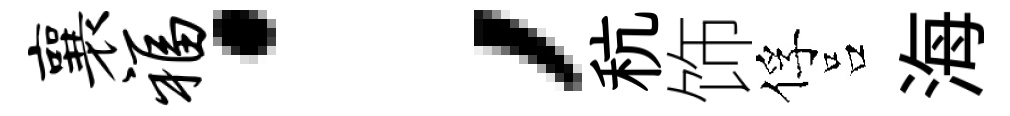
襄福；秔饰俘吕海